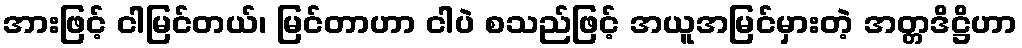
အားဖြင့် ငါမြင်တယ်၊ မြင်တာဟာ ငါပဲ စသည်ဖြင့် အယူအမြင်မှားတဲ့ အတ္တဒိဋ္ဌိဟာ